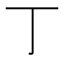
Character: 丁